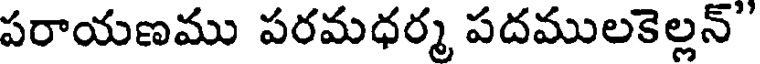
పరాయణము పరమధర్మ పదములకెల్లన్